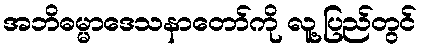
အဘိဓမ္မာဒေသနာတော်ကို လူ့ပြည်တွင်